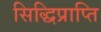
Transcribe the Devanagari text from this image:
सिद्धिप्राप्ति